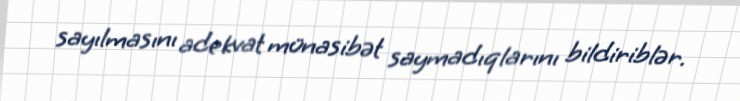
sayılmasını adekvat münasibət saymadıqlarını bildiriblər.